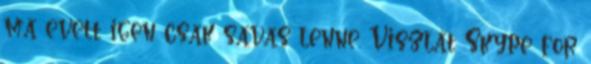
ma evett igen csak savas lenne. Viszlát Skype for